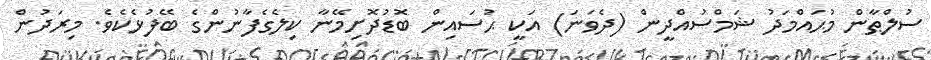
ސުލްޠާން މުޙައްމަދު ޝަމްސުއްދީން (ދެވަނަ) އަކީ ޙުސައިން ބޮޑުދޮށިމޭނާ ކިލެގެފާނުންގެ ބޭފުޅެކެވެ. މިރަދުން